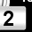
Digit: 2